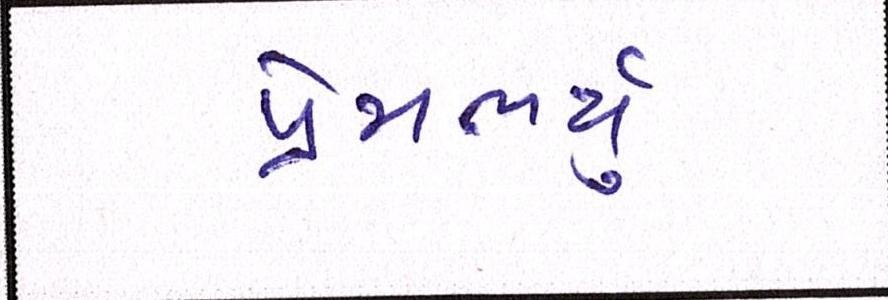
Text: પ્રેમભર્યું